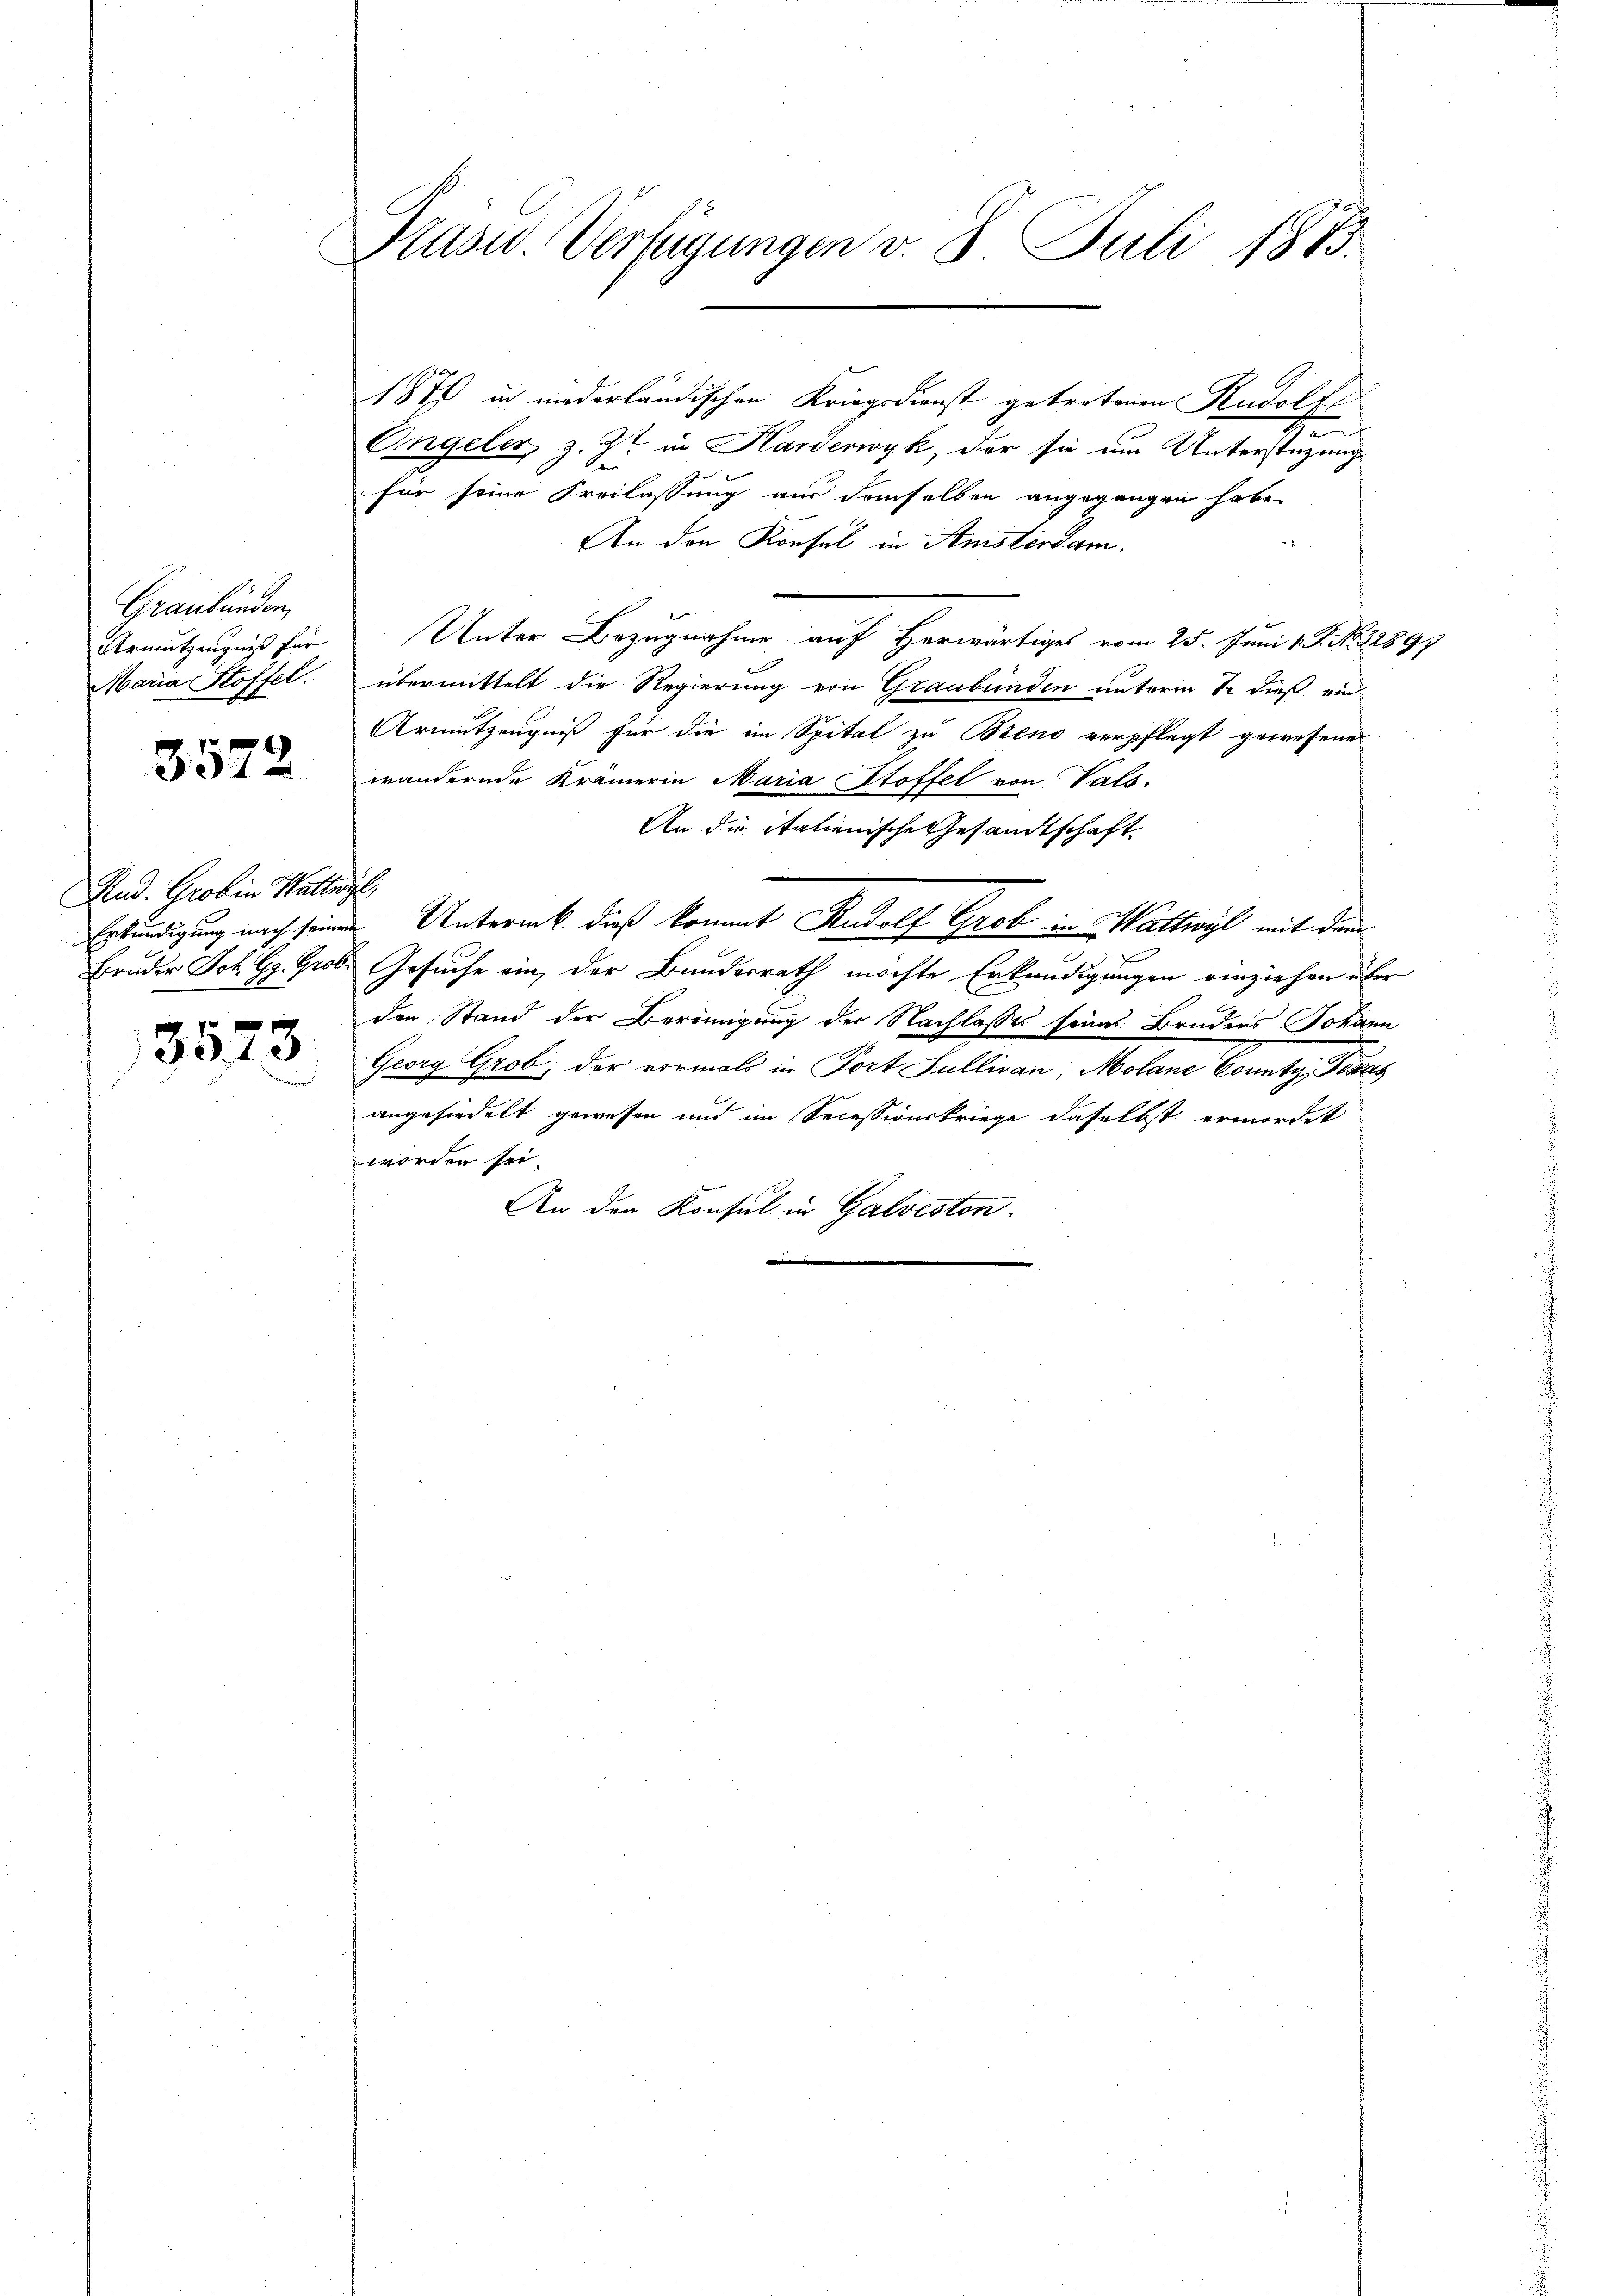
Graubünden,
Armutzeugniß für
Maria Stoffel.

3572

And. Grob in Wattwyl,
Bruder Joh. Gg. Grob

3523

Prasiv. Verfügungen v. 8. Juli 1883.

187 in niederländischen Kriegsdienst getretenen Rudolf
g
Engeler, z. Zt. in Harderwyk, der sie um Unterstützungs
für seine Freilassung aus demselben angegangen habe,
An den Konfel in Amstersam.
Unter Bezugnahme auf Herwärtiges vom 25. Juni v. J. No. 52897
übermittelt die Regierung von Graubünden unterm 7 dieß ein
Armutzeugniß für die im Spital zu Breno verpflegt gewesene
wändernde Krämerin Maria Stoffel von Vals-
An die italienische Gesandtschaft
Erkundigung nach seinen Unterek. dieß kommt Rudolf Grob in Wattwyl mit dem
e
Gesuche ein, der Bundesrath möchte Erkundigungen einziehen über
den Stand der Bereinigung der Nachlasses seines Brudens Johann
Georg Grob, der vormals in Port Sullivan, Molane County, Texas
angesiedelt gewesen und im Secessionskriege daselbst ermordet
worden sei.
An den Konsul in Galveston.